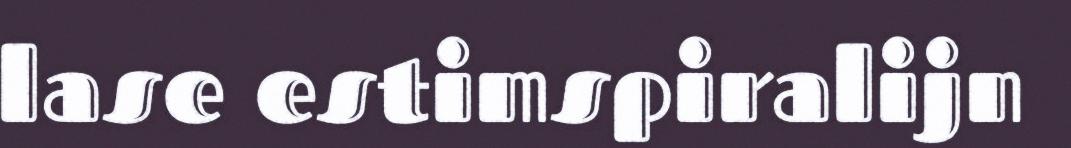
lase estimspiralijn